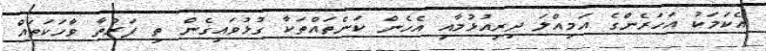
އެކަމަކު އަހަރެންގެ އަމިއްލަ ދިރިއުޅުމާއި އެހެން ކަންތައްތަކާ ގުޅުވައިގެން ތި ފަރުތާ ވާހަކަތައް